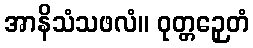
အာနိသံသဖလံ။ ဝုတ္တဉှေတံ